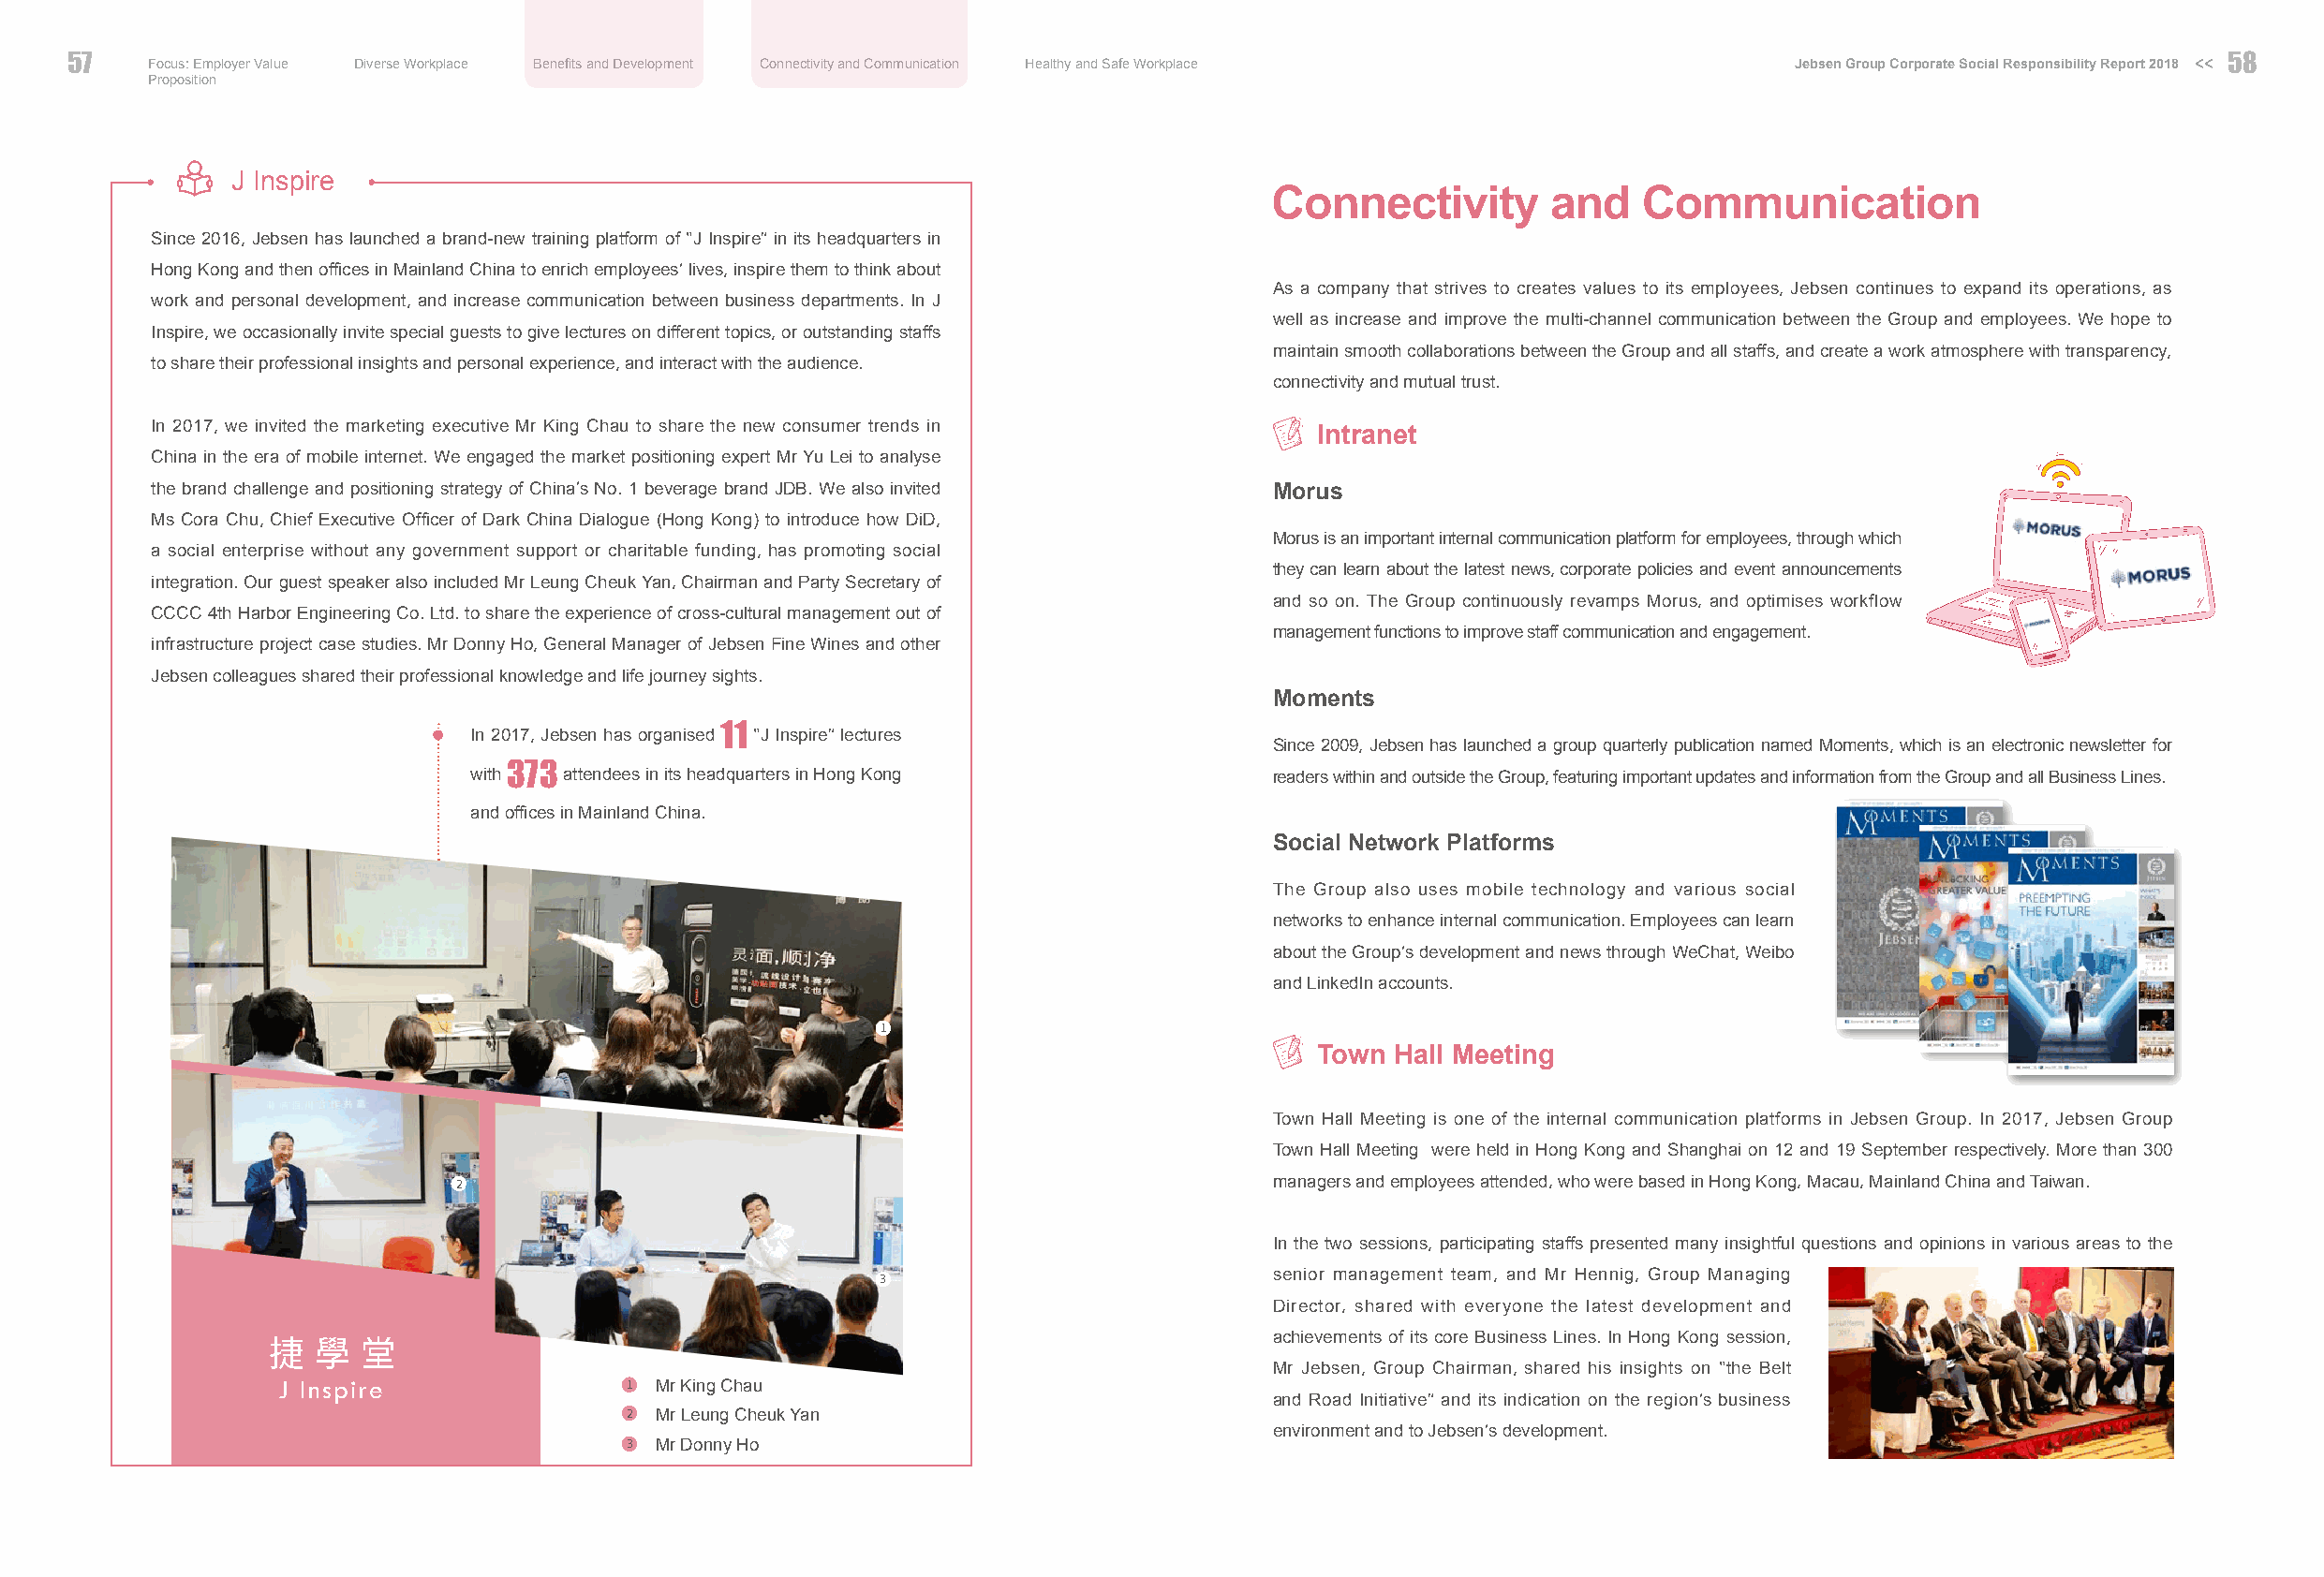
57   Focus: Employer Value Diverse Workplace Benefits and Development Connectivity and Communication Healthy and Safe Workplace Jebsen Group Corporate Social Responsibility Report 2018 << 5588
 Proposition
 J Inspire
 Connectivity        and   Communication
 Since 2016, Jebsen has launched a brand-new training platform of “J Inspire” in its headquarters in
 Hong Kong and then offices in Mainland China to enrich employees’ lives, inspire them to think about
 As a company that strives to creates values to its employees, Jebsen continues to expand its operations, as
 work and personal development, and increase communication between business departments. In J
 well as increase and improve the multi-channel communication between the Group and employees. We hope to
 Inspire, we occasionally invite special guests to give lectures on different topics, or outstanding staffs
 maintain smooth collaborations between the Group and all staffs, and create a work atmosphere with transparency,
 to share their professional insights and personal experience, and interact with the audience.
 connectivity and mutual trust.
 In 2017, we invited the marketing executive Mr King Chau to share the new consumer trends in
 Intranet
 China in the era of mobile internet. We engaged the market positioning expert Mr Yu Lei to analyse
 the brand challenge and positioning strategy of China’s No. 1 beverage brand JDB. We also invited Morus
 Ms Cora Chu, Chief Executive Officer of Dark China Dialogue (Hong Kong) to introduce how DiD,
 Morus is an important internal communication platform for employees, through which
 a social enterprise without any government support or charitable funding, has promoting social
 they can learn about the latest news, corporate policies and event announcements
 integration. Our guest speaker also included Mr Leung Cheuk Yan, Chairman and Party Secretary of
 and so on. The Group continuously revamps Morus, and optimises workflow
 CCCC 4th Harbor Engineering Co. Ltd. to share the experience of cross-cultural management out of
 management functions to improve staff communication and engagement.
 infrastructure project case studies. Mr Donny Ho, General Manager of Jebsen Fine Wines and other
 Jebsen colleagues shared their professional knowledge and life journey sights.
 Moments
 In 2017, Jebsen has organised 11 “J Inspire” lectures
 Since 2009, Jebsen has launched a group quarterly publication named Moments, which is an electronic newsletter for
 with 373 attendees in its headquarters in Hong Kong      readers within and outside the Group, featuring important updates and information from the Group and all Business Lines.
 and offices in Mainland China.
 Social Network Platforms
 The Group also uses mobile technology and various social
 networks to enhance internal communication. Employees can learn
 about the Group’s development and news through WeChat, Weibo
 and LinkedIn accounts.
 1
 Town Hall Meeting
 Town Hall Meeting is one of the internal communication platforms in Jebsen Group. In 2017, Jebsen Group
 Town Hall Meeting were held in Hong Kong and Shanghai on 12 and 19 September respectively. More than 300
 managers and employees attended, who were based in Hong Kong, Macau, Mainland China and Taiwan.
 2
 In the two sessions, participating staffs presented many insightful questions and opinions in various areas to the
 senior management team, and Mr Hennig, Group Managing
 3
 Director, shared with everyone the latest development and
 achievements of its core Business Lines. In Hong Kong session,
 捷  學堂                                                                  Mr Jebsen, Group Chairman, shared his insights on “the Belt
 J Inspire                 Mr King Chau
 1                                             and Road Initiative” and its indication on the region’s business
 Mr Leung Cheuk Yan
 2                                             environment and to Jebsen’s development.
 Mr Donny Ho
 3